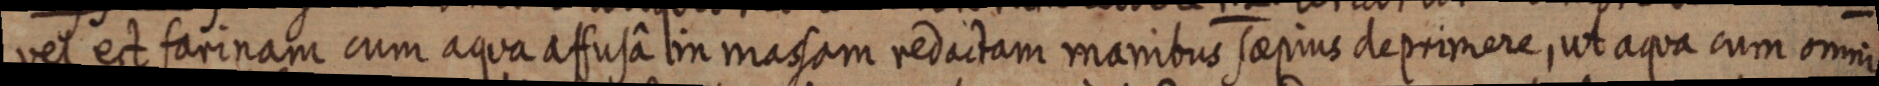
vel est farinam cum aqua affusâ lin massam redactam manibus saepius deprimere, ut aqua cum omni